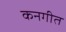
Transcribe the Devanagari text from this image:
कनगीत